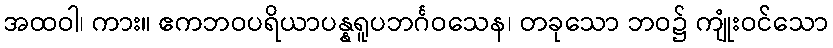
အထဝါ၊ ကား။ ဧကဘဝပရိယာပန္နရူပဘင်္ဂဝသေန၊ တခုသော ဘဝ၌ ကျုံးဝင်သော